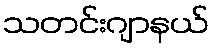
သတင်းဂျာနယ်